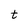
Character: t